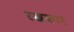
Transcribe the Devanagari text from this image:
रखकार